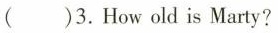
()3.How old is Marty?